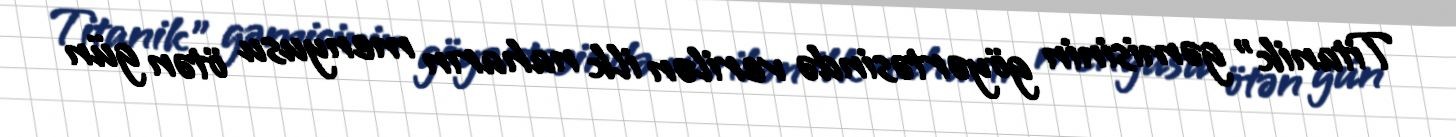
Titanik" gəmisinin göyərtəsində verilən ilk naharın menyusu ötən gün